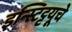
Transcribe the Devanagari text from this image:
इन्स्टिट्टयूचे